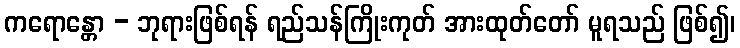
ကရောန္တော - ဘုရားဖြစ်ရန် ရည်သန်ကြိုးကုတ် အားထုတ်တော် မူရသည် ဖြစ်၍၊